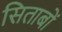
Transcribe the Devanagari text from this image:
सिताबों